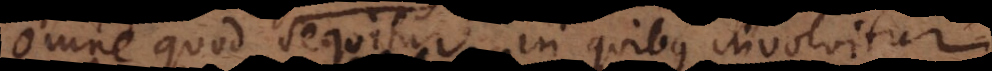
omne quod sequitur, in quibus involvitur